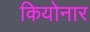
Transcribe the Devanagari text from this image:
कियोनार